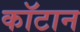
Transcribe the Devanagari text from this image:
कॉटान